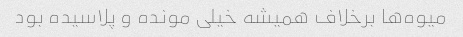
میوه‌ها برخلاف همیشه خیلی مونده و پلاسیده بود